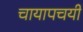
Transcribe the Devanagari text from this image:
चायापचयी